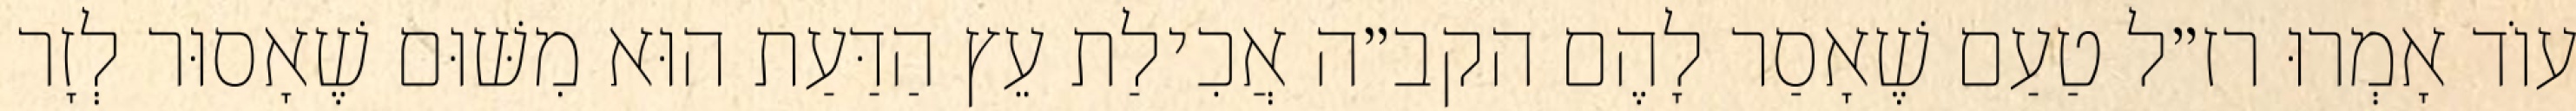
עוֹד אָמְרוּ רז״ל טַעַם שֶׁאָסַר לָהֶם הקב״ה אֲכִילַת עֵץ הַדַּעַת הוּא מִשּׁוּם שֶׁאָסוּר לְזָר